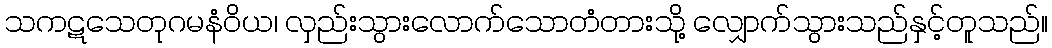
သကဋသေတုဂမနံဝိယ၊ လှည်းသွားလောက်သောတံတားသို့ လျှောက်သွားသည်နှင့်တူသည်။